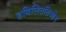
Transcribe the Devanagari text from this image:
हबिलिततिओन